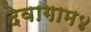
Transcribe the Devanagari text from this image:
देवागाम४